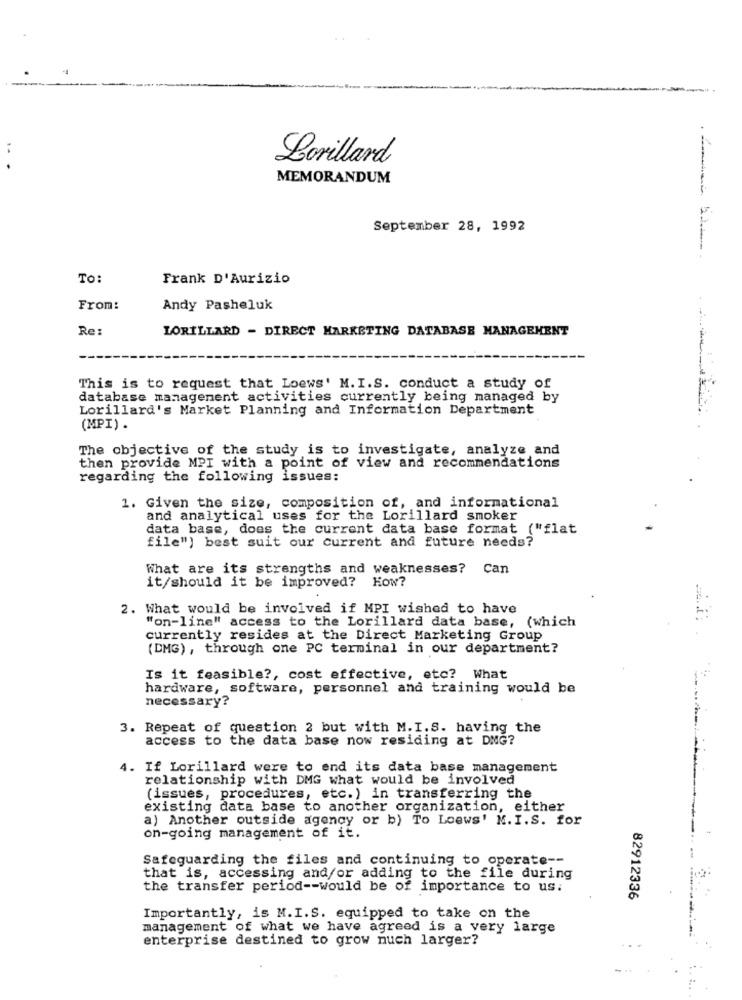
Lorillard
MEMORANDUM
September 28, 1992
To:
Frank D'Aurizio
From:
Andy Pasheluk
Re:
LORILLARD - DIRECT MARKETING DATABASE MANAGEMENT
This is to request that Loews' M.I.S. conduct a study of
database management activities currently being managed by
Lorillard's Market Planning and Information Department
(MPI) .
The objective of the study is to investigate, analyze and
then provide MPI with a point of view and recommendations
regarding the following issues:
1. Given the size, composition of, and informational
and analytical uses for the Lorillard smoker
data base, does the current data base format ("flat
file") best suit our current and future needs?
What are its strengths and weaknesses? Can
it/should it be improved? How?
2. What would be involved if MPI wished to have
"on-line" access to the Lorillard data base, (which
currently resides at the Direct Marketing Group
(DMG) , through one PC terminal in our department?
Is it feasible ?, cost effective, etc? What
hardware, software, personnel and training would be
necessary?
3. Repeat of question 2 but with M. I.S. having the
access to the data base now residing at DMG?
4. If Lorillard were to end its data base management
relationship with DMG what would be involved
(issues, procedures, etc.) in transferring the
existing data base to another organization, either
a) Another outside agency or b) To Loews' M. I.S. for
on-going management of it.
Safeguarding the files and continuing to operate --
that is, accessing and/or adding to the file during
the transfer period -- would be of importance to us:
82912336
Importantly, is M.I.S. equipped to take on the
management of what we have agreed is a very large
enterprise destined to grow much larger?